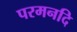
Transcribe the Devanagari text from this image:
परमनदि